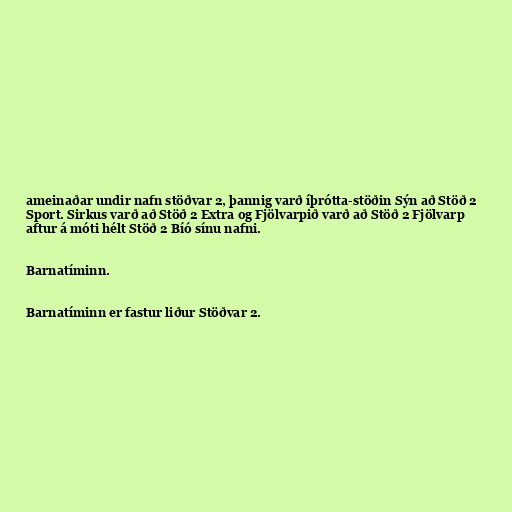
ameinaðar undir nafn stöðvar 2, þannig varð íþrótta-stöðin Sýn að Stöð 2
Sport. Sirkus varð að Stöð 2 Extra og Fjölvarpið varð að Stöð 2 Fjölvarp
aftur á móti hélt Stöð 2 Bíó sínu nafni.

Barnatíminn.

Barnatíminn er fastur liður Stöðvar 2.